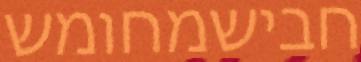
חבישמחומש